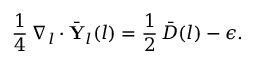
\frac { 1 } { 4 } \, \nabla _ { l } \cdot \bar { \mathbf { Y } } _ { l } ( l ) = \frac { 1 } { 2 } \, \bar { D } ( l ) - \epsilon .